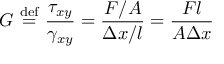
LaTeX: G \ { \stackrel { \mathrm { d e f } } { = } } \ { \frac { \tau _ { x y } } { \gamma _ { x y } } } = { \frac { F / A } { \Delta x / l } } = { \frac { F l } { A \Delta x } }